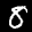
Label: 8